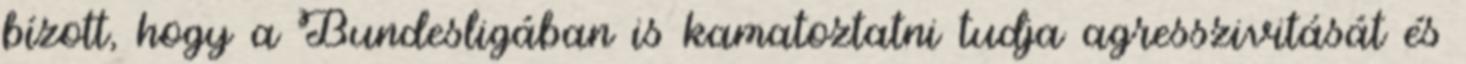
bízott, hogy a Bundesligában is kamatoztatni tudja agresszivitását és